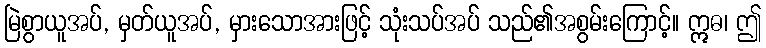
မြဲစွာယူအပ်, မှတ်ယူအပ်, မှားသောအားဖြင့် သုံးသပ်အပ် သည်၏အစွမ်းကြောင့်။ ဣဓ၊ ဤ